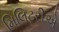
મિલિટરીએ